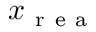
x _ { \mathrm { ~ r ~ e ~ a ~ } }